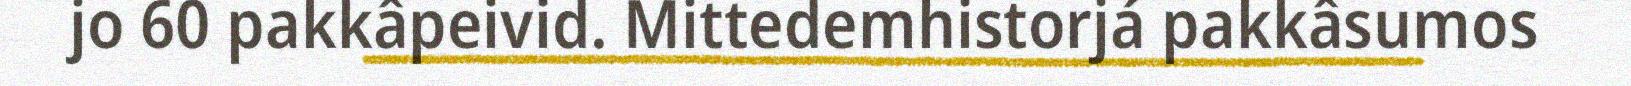
jo 60 pakkâpeivid. Mittedemhistorjá pakkâsumos